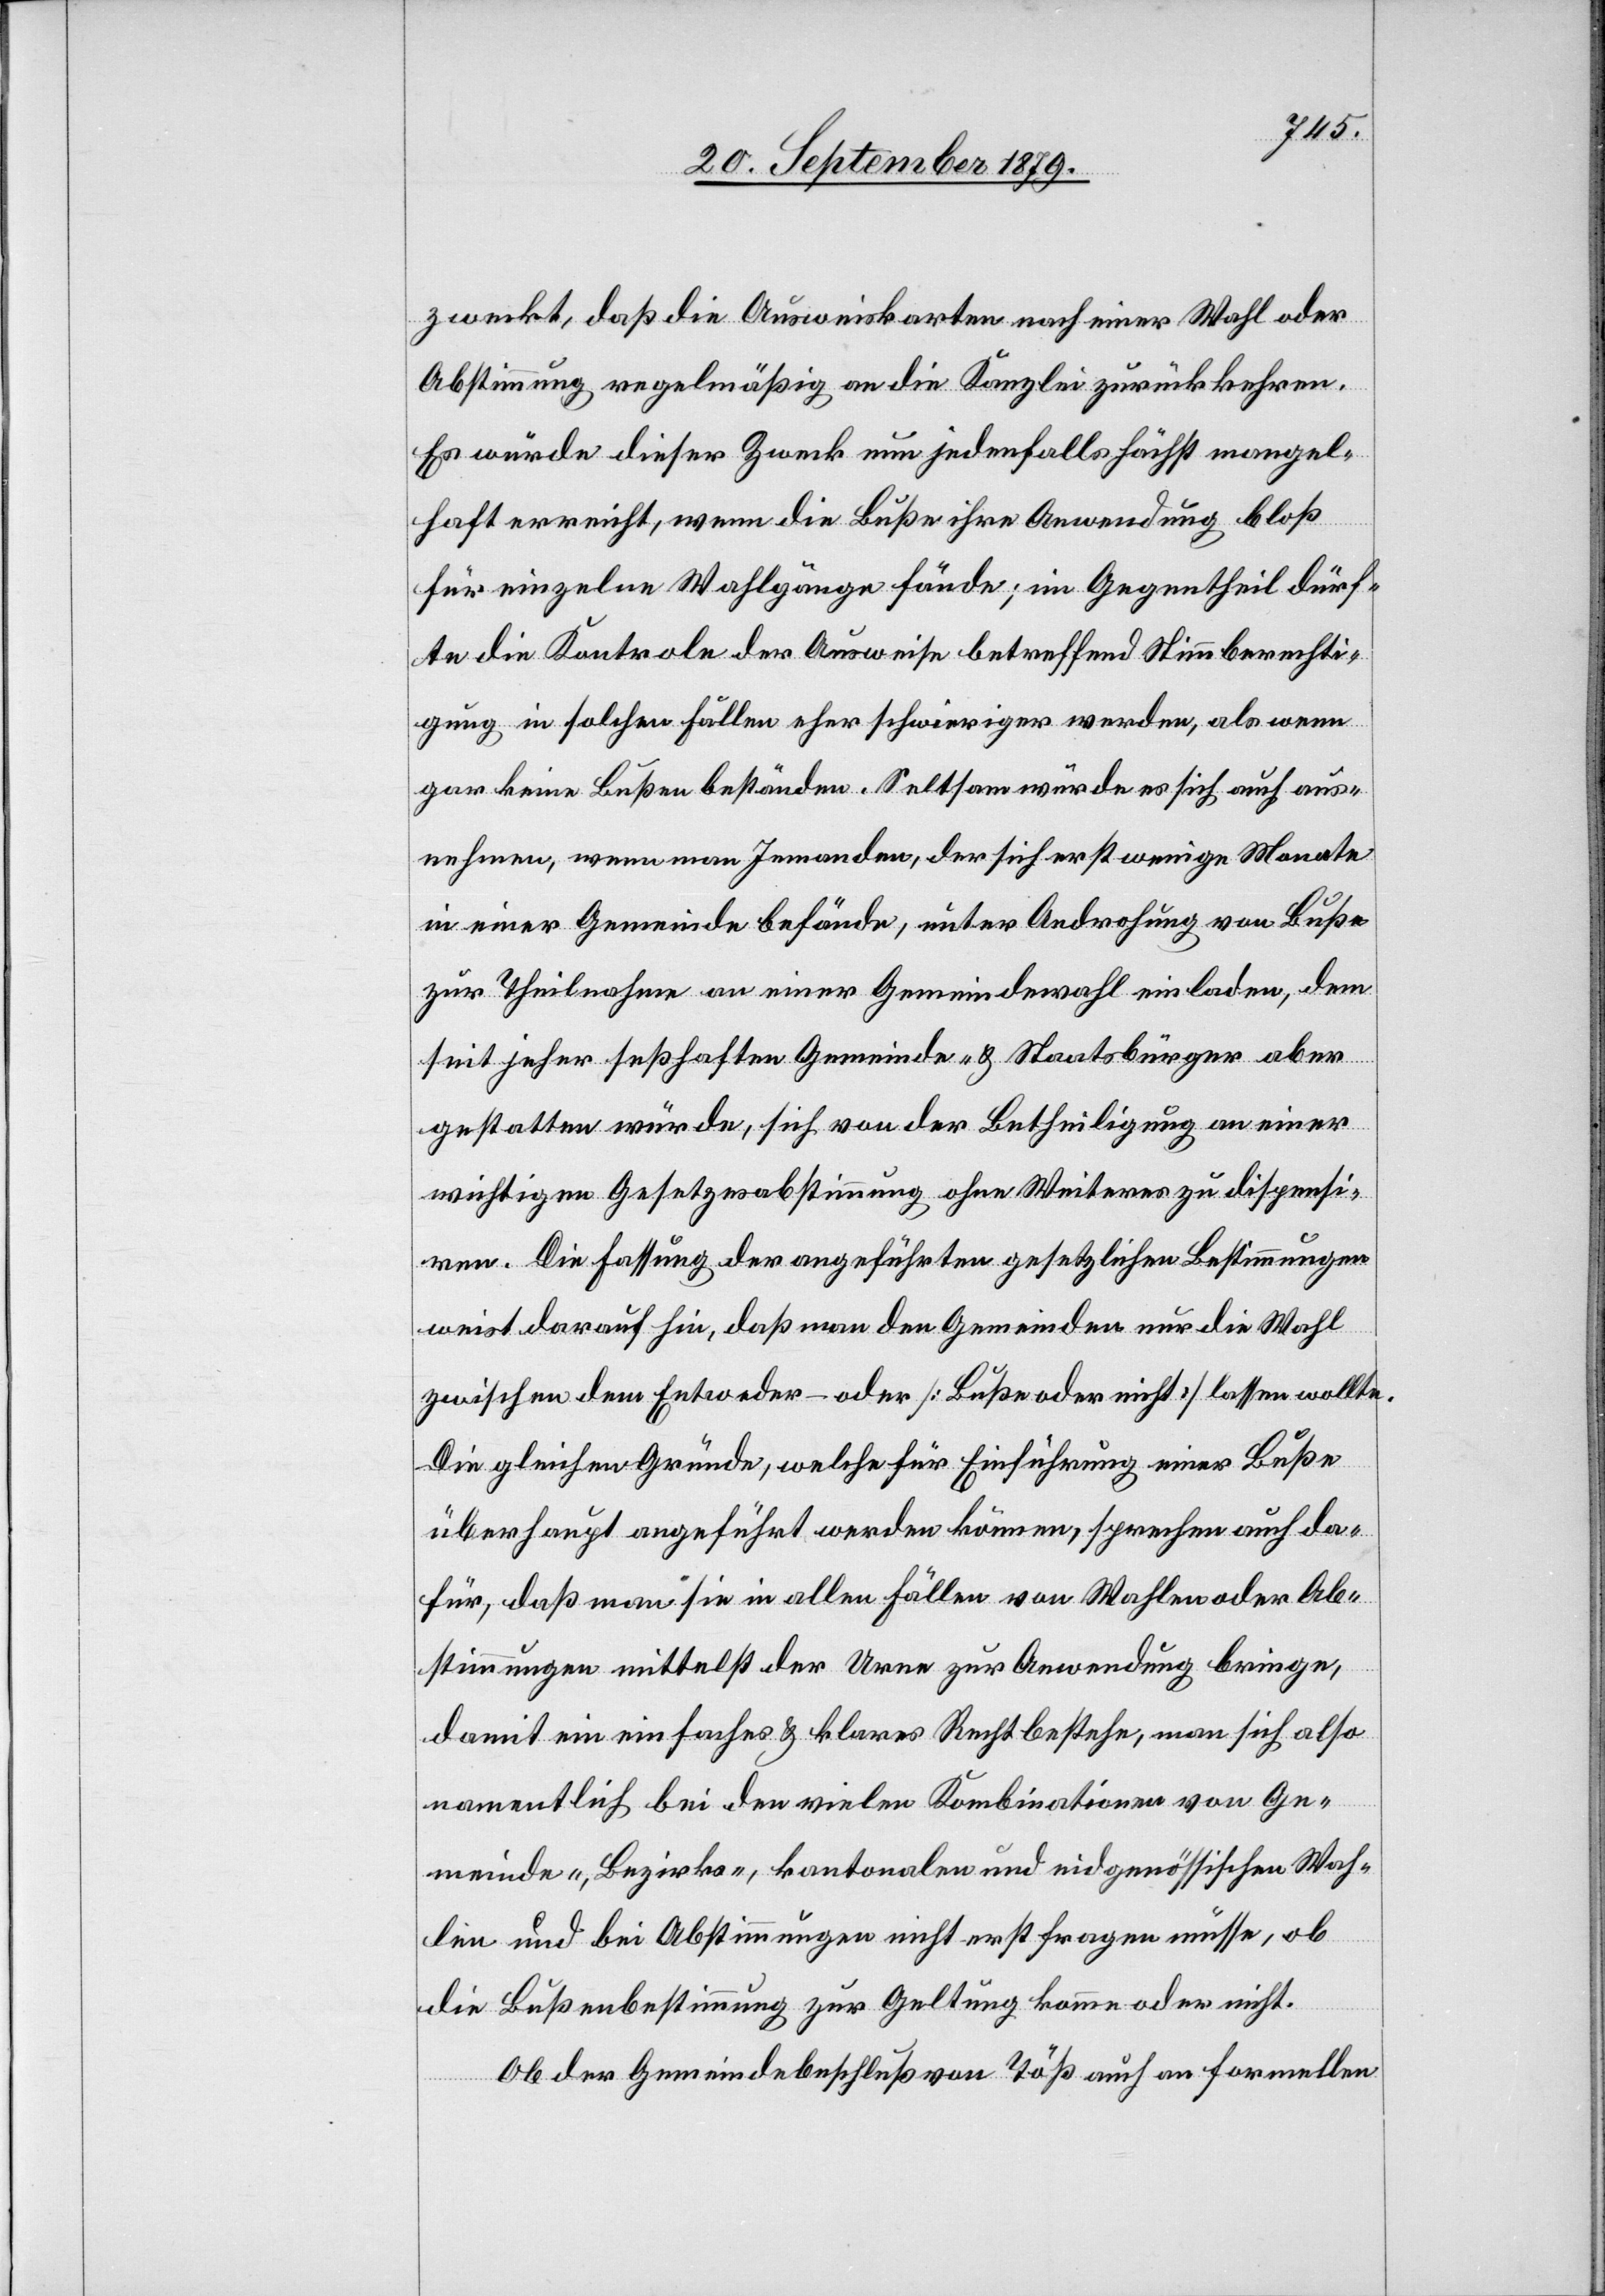
zweckt, daß die Ausweiskarten nach einer Wahl oder
Abstimmung regelmäßig an die Kanzlei zurückkehren.
Es würde dieser Zweck nun jedenfalls höchst mangel¬
haft erreicht, wenn die Buße ihrer Anwendung bloß
für einzelne Wahlgänger fände; im Gegentheil dürf¬
te die Kontrole der Ausweise betreffend Stimmberechti¬
gung in solchen Fällen eher schwieriger werden, als wenn
gar keine Bußen beständen. Seltsam würde es sich auch aus¬
nehmen, wenn man Jemanden, der sich erst wenige Monate
in einer Gemeinde befände, unter Androhung von Buße
zur Theilnahme an einer Gemeindewahl einladen, dem
seit jeher sesshaften Gemeinde- & Staatsbürger aber
gestatten würde, sich von der Betheiligung an einer
wichtigen Gesetzesabstimmung ohne Weiteres zu dispensi¬
ren. Die Fassung der angeführten gesetzlichen Bestimmungen
weist darauf hin, daß man den Gemeinden nur die Wahl
zwischen dem Entweder-oder [Buße oder nicht] lassen wollte.
Die gleichen Gründe, welche für Einführung einer Buße
überhaupt angeführt werden können, sprechen auch da¬
für, daß man sie in allen Fällen von Wahlen oder Ab¬
stimmungen mittelst der Urne zur Anwendung bringen,
damit ein einfaches & klares Recht bestehe, man sich also
namentlich bei den vielen Kombinationen von Ge¬
meinde-, Bezirks-, kantonalen und eidgenössischen Wah¬
len und bei Abstimmungen nicht erst fragen müsse, ob
die Bußenbestimmung zur Geltung komme oder nicht.
Ob der Gemeindebeschluß von Töß auch an formellen